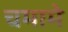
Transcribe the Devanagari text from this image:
चमामे